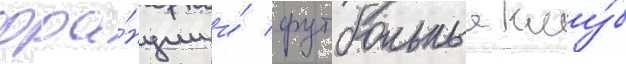
фра́нции и́ футбольныи клу́б